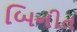
બિનીત